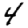
Digit: 4